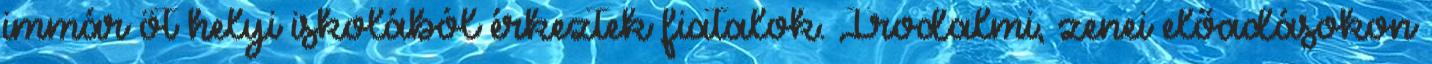
immár öt helyi iskolából érkeztek fiatalok. Irodalmi, zenei előadásokon